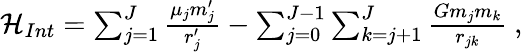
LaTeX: \begin{array}{r}{{\cal H}_{Int}=\sum_{j=1}^{J}\frac{\mu_{j}m_{j}^{\prime}}{r_{j}^{\prime}}-\sum_{j=0}^{J-1}\sum_{k=j+1}^{J}\frac{Gm_{j}m_{k}}{r_{jk}}\ ,}\end{array}